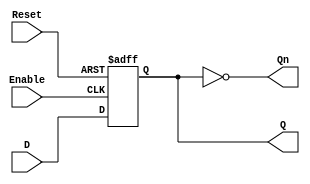
module LatchRegister #(
    parameter N = 8 // Number of bits in the register
)(
    input wire [N-1:0] D,       // Data input
    input wire Enable,           // Control signal (enable)
    input wire Reset,            // Asynchronous reset signal
    output reg [N-1:0] Q,        // Data output
    output reg [N-1:0] Qn        // Complementary output
);

// Asynchronous reset and latch behavior
always @(posedge Enable or posedge Reset) begin
    if (Reset) begin
        Q <= {N{1'b0}};           // Initialize all bits to 0
    end else begin
        Q <= D;                  // Store data when enabled
    end
end

// Generate complementary output
always @(*) begin
    Qn = ~Q;                    // Invert stored value for complementary output
end

endmodule